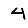
Digit: 4